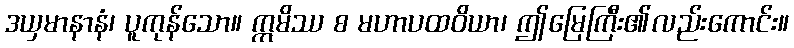
ဒယှမာနာနံ၊ ပူကုန်သော။ ဣမိဿ စ မဟာပထဝိယာ၊ ဤမြေကြီး၏လည်းကောင်း။